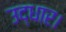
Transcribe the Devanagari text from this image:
उद्धार।